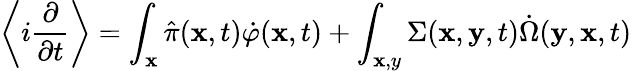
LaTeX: \left\langle i\frac{\partial}{\partial t}\right\rangle=\int_{\mathbf x}\hat{\pi}({\mathbf x},t)\dot{\varphi}({\mathbf x},t)+\int_{\mathbf x,y}\Sigma({\mathbf x},{\mathbf y},t)\dot{\Omega}({\mathbf y},{\mathbf x},t)